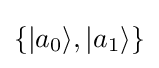
\{|a_{0}\rangle ,|a_{1}\rangle \}